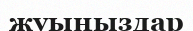
жуыңыздар